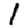
Digit: 1